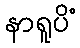
နာရူပိံ